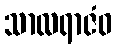
သာလရာဇံဝ